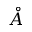
\mathring { A }